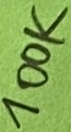
Text: 100K